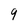
Character: 4